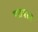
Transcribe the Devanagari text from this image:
पतवरम